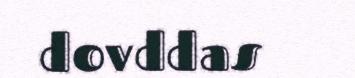
dovddas